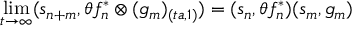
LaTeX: \operatorname * { l i m } _ { t \rightarrow \infty } ( s _ { n + m } , \theta f _ { n } ^ { \ast } \otimes ( g _ { m } ) _ { ( t a , 1 ) } ) = ( s _ { n } , \theta f _ { n } ^ { \ast } ) ( s _ { m } , g _ { m } )